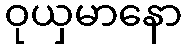
ဝုယှမာနော